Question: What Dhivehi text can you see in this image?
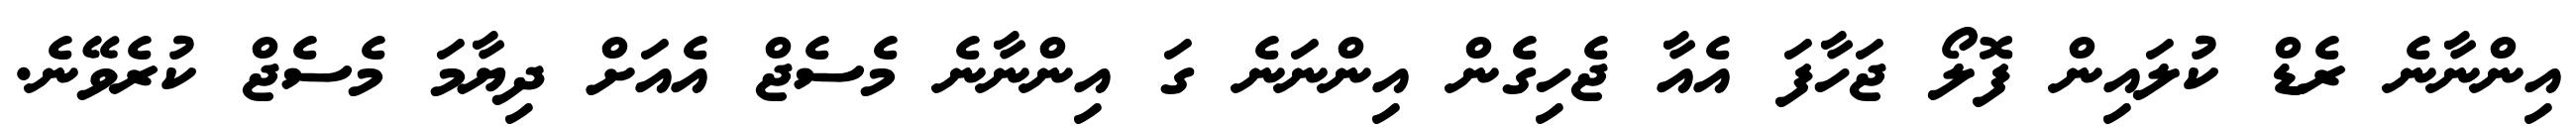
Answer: އިންނާނެ ރެޑް ކުލައިން ފޮލޯ ޖަހާފަ އެއާ ޖެހިގެން އިންނަނެ ގަ އިންނާނެ މެސެޖް އެއަށް ދިޔާމަ މެސެޖް ކުރެވޭނެ.